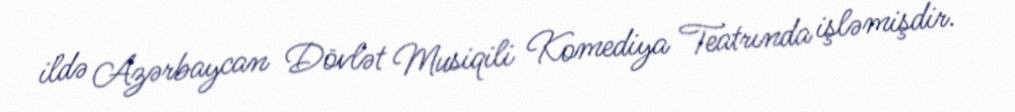
ildə Azərbaycan Dövlət Musiqili Komediya Teatrında işləmişdir.